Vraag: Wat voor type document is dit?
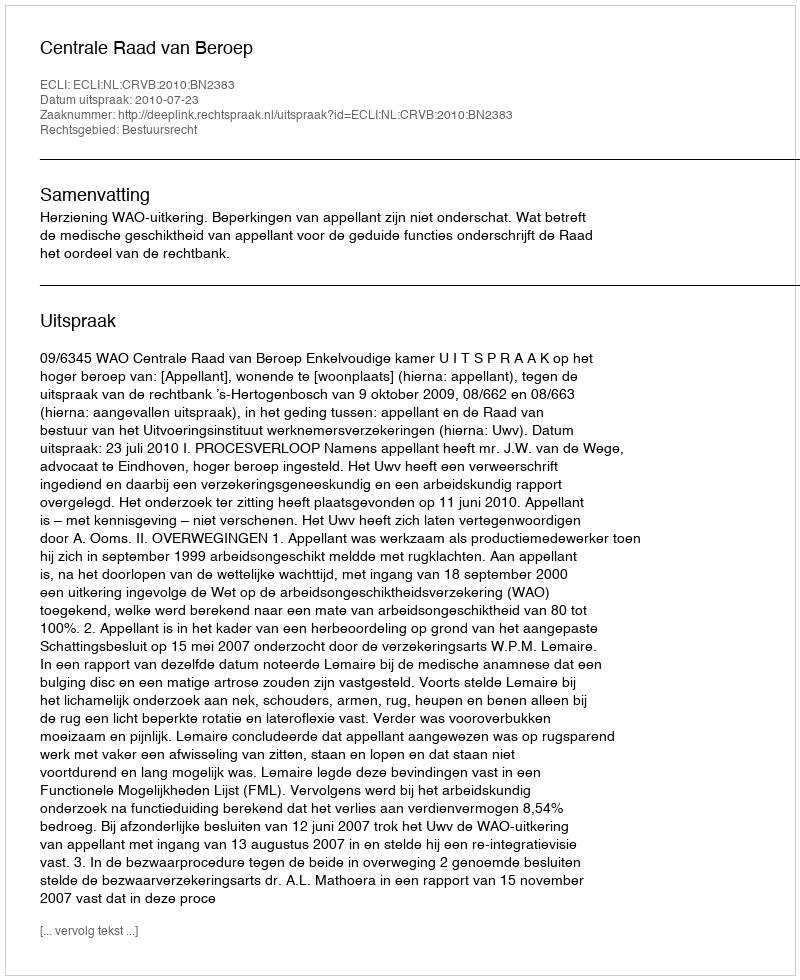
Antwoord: Uitspraak